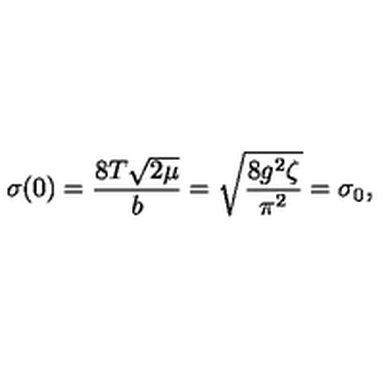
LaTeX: \sigma ( 0 ) = \frac { 8 T \sqrt { 2 \mu } } { b } = \sqrt { \frac { 8 g ^ { 2 } \zeta } { \pi ^ { 2 } } } = \sigma _ { 0 } ,